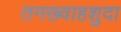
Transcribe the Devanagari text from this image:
तनख्वाहशुदा